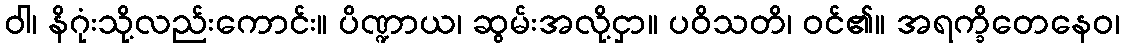
ဝါ၊ နိဂုံးသို့လည်းကောင်း။ ပိဏ္ဍာယ၊ ဆွမ်းအလို့ငှာ။ ပဝိသတိ၊ ဝင်၏။ အရက္ခိတေနေဝ၊